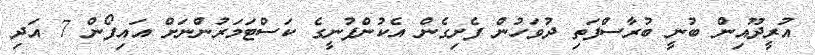
އުރީދޫއިން ބުނީ ބުރާސްފަތި ދުވަހުން ފެށިގެން އެކުންފުނީގެ ކަސްޓަމަރުންނަށް އައިފޯން 7 އަދި